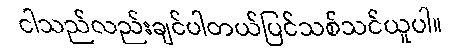
ငါသည်လည်းချင်ပါတယ်ပြင်သစ်သင်ယူပါ။